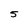
Character: 5